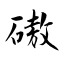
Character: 磝